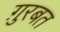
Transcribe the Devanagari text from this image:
ग़ुरबत